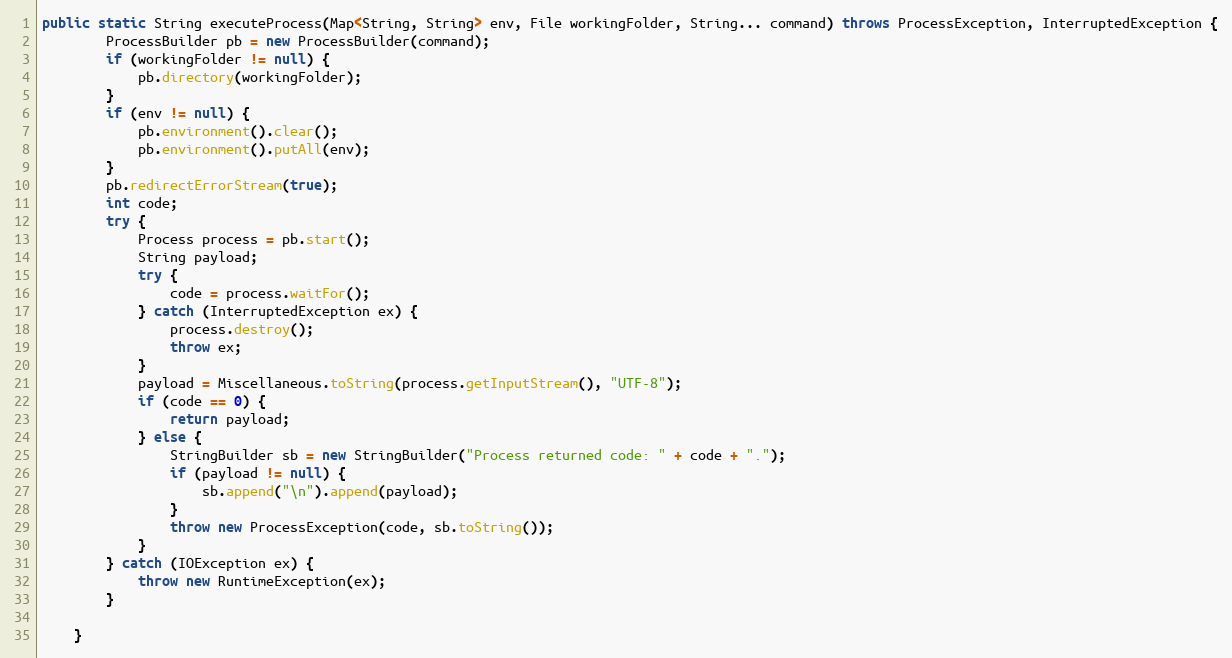
Language: Java
public static String executeProcess(Map<String, String> env, File workingFolder, String... command) throws ProcessException, InterruptedException {
        ProcessBuilder pb = new ProcessBuilder(command);
        if (workingFolder != null) {
            pb.directory(workingFolder);
        }
        if (env != null) {
            pb.environment().clear();
            pb.environment().putAll(env);
        }
        pb.redirectErrorStream(true);
        int code;
        try {
            Process process = pb.start();
            String payload;
            try {
                code = process.waitFor();
            } catch (InterruptedException ex) {
                process.destroy();
                throw ex;
            }
            payload = Miscellaneous.toString(process.getInputStream(), "UTF-8");
            if (code == 0) {
                return payload;
            } else {
                StringBuilder sb = new StringBuilder("Process returned code: " + code + ".");
                if (payload != null) {
                    sb.append("\n").append(payload);
                }
                throw new ProcessException(code, sb.toString());
            }
        } catch (IOException ex) {
            throw new RuntimeException(ex);
        }

    }